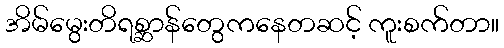
အိမ်မွေးတိရစ္ဆာန်တွေကနေတဆင့် ကူးစက်တာ။